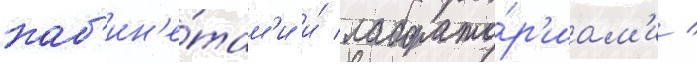
каб'ин'е́там'и и́ лаборато́р'иам'и /